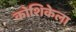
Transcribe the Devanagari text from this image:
कोशिकेला